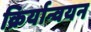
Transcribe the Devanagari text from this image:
क्रिर्यान्वयन